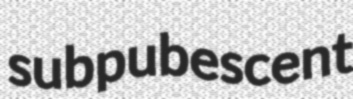
subpubescent